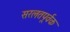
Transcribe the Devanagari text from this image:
सरलतपूर्वक